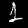
Digit: 1